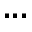
. . .